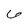
Character: 6